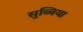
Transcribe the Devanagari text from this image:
सुब्बिया